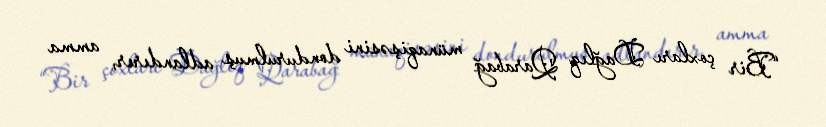
“Bir çoxları Dağlıq Qarabağ münaqişəsini dondurulmuş adlandırır, amma